Civil Veterinary Department. Central Provinces & Berar 1932-41 - 1932-1941
Year: 1932
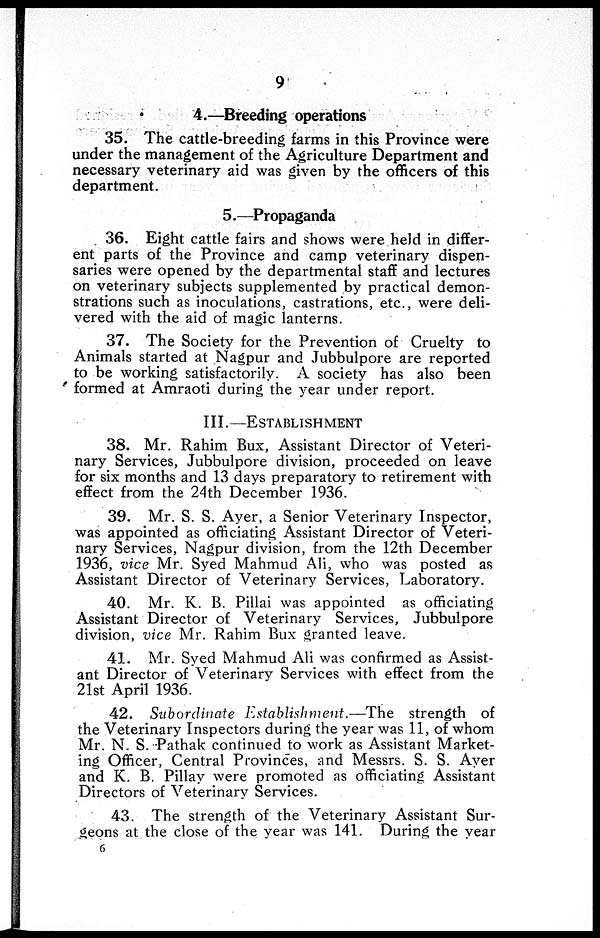
9
4.—Breeding operations
35. The cattle-breeding farms in this Province were
under the management of the Agriculture Department and
necessary veterinary aid was given by the officers of this
department.
5.—Propaganda
36. Eight cattle fairs and shows were held in differ-
ent parts of the Province and camp veterinary dispen-
saries were opened by the departmental staff and lectures
on veterinary subjects supplemented by practical demon-
strations such as inoculations, castrations, etc., were deli-
vered with the aid of magic lanterns.
37. The Society for the Prevention of Cruelty to
Animals started at Nagpur and Jubbulpore are reported
to be working satisfactorily. A society has also been
formed at Amraoti during the year under report.
III.—ESTABLISHMENT
38. Mr. Rahim Bux, Assistant Director of Veteri-
nary Services, Jubbulpore division, proceeded on leave
for six months and 13 days preparatory to retirement with
effect from the 24th December 1936.
39. Mr. S. S. Ayer, a Senior Veterinary Inspector,
was appointed as officiating Assistant Director of Veteri-
nary Services, Nagpur division, from the 12th December
1936, vice Mr. Syed Mahmud Ali, who was posted as
Assistant Director of Veterinary Services, Laboratory.
40. Mr. K. B. Pillai was appointed as officiating
Assistant Director of Veterinary Services, Jubbulpore
division, vice Mr. Rahim Bux granted leave.
41. Mr. Syed Mahmud Ali was confirmed as Assist-
ant Director of Veterinary Services with effect from the
21st April 1936.
42. Subordinate Establishment.—The strength of
the Veterinary Inspectors during the year was 11, of whom
Mr. N. S. Pathak continued to work as Assistant Market-
ing Officer, Central Provinces, and Messrs. S. S. Ayer
and K. B. Pillay were promoted as officiating Assistant
Directors of Veterinary Services.
43. The strength of the Veterinary Assistant Sur-
geons at the close of the year was 141. During the year
6